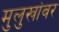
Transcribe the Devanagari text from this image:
मुलुखांवर